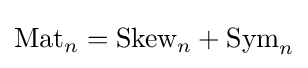
{\textstyle {\mbox{Mat}}_{n}={\mbox{Skew}}_{n}+{\mbox{Sym}}_{n}}